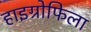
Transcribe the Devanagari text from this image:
हाइग्रोफिला